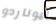
ليوناردو